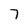
Character: 7